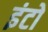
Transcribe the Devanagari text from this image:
इंटो